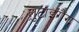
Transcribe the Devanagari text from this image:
लुटाइगैंग